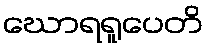
ဃောရရူပေတိ